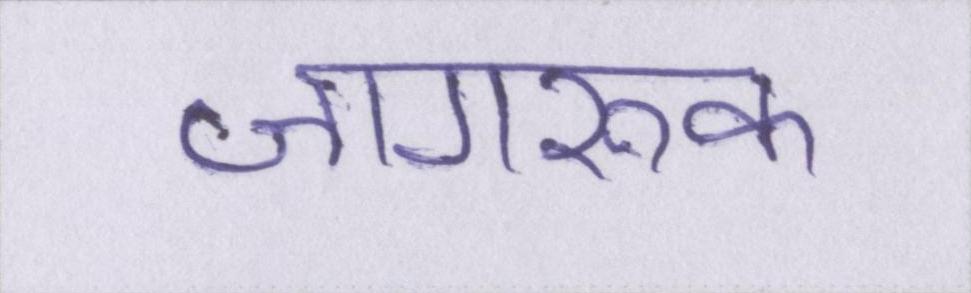
जागरूक